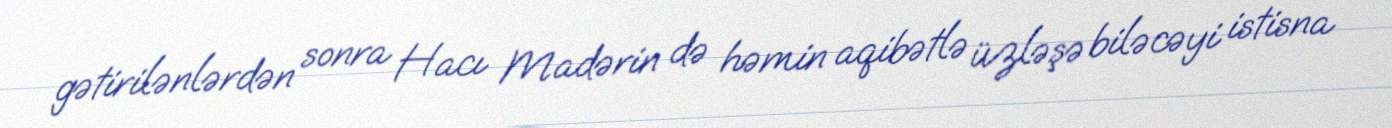
gətirilənlərdən sonra Hacı Madərin də həmin aqibətlə üzləşə biləcəyi istisna